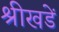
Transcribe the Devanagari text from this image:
श्रीखडें